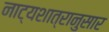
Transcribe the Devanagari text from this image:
नाट्यशात्रानुसार